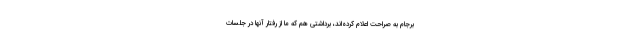
برجام به صراحت اعلام کرده‌اند، برداشتی هم که ما از رفتار آنها در جلسات